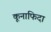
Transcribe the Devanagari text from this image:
कूनाफिदा